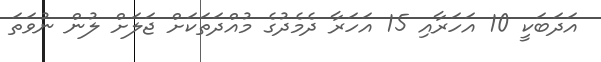
އަދަބަކީ 10 އަހަރާއި 15 އަހަރާ ދެމެދުގެ މުއްދަތަކަށް ޖަލަށް ލުން ނުވަތަ